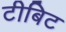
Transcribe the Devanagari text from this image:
टीबिट